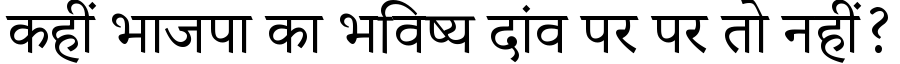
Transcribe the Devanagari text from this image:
कहीं भाजपा का भविष्य दांव पर पर तो नहीं?